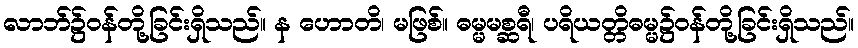
လာဘ်၌ဝန်တို့ခြင်းရှိသည်။ န ဟောတိ၊ မဖြစ်။ ဓမ္မမစ္ဆရီ၊ ပရိယတ္တိဓမ္မ၌ဝန်တို့ခြင်းရှိသည်။